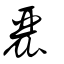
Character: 丽